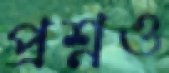
প্রশ্নও